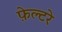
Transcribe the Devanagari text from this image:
फ़ेल्टरे